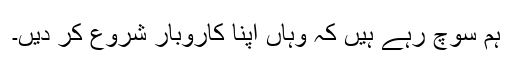
ہم سوچ رہے ہیں کہ وہاں اپنا کاروبار شروع کر دیں۔